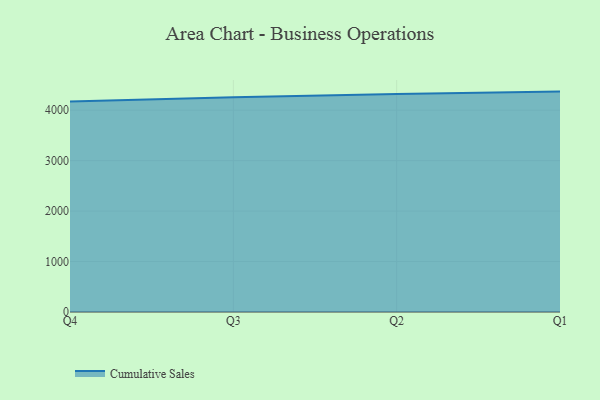
{"axis": {"x": "Quarter", "y": "Energy Usage (MWh)"}, "legend": ["Cumulative Sales"], "data": [{"x": "Q4", "y": 4173.4, "type": "Cumulative Sales"}, {"x": "Q3", "y": 4258.8, "type": "Cumulative Sales"}, {"x": "Q2", "y": 4321.1, "type": "Cumulative Sales"}, {"x": "Q1", "y": 4368.6, "type": "Cumulative Sales"}]}